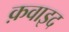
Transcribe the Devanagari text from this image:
क़वाइद